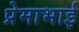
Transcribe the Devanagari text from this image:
प्रेमाभाई